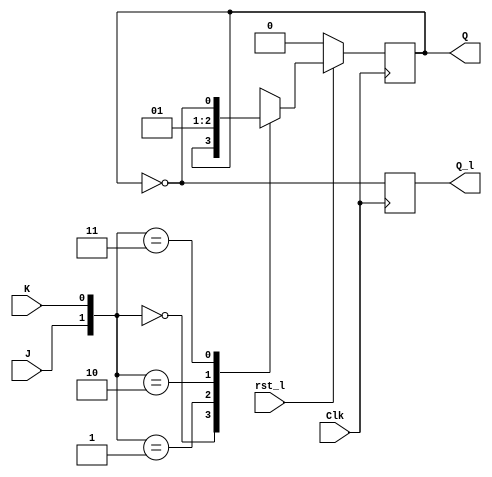
`timescale 1ns / 1ps
//////////////////////////////////////////////////////////////////////////////////
// Company: 
// Engineer: 
// 
// Design Name: 
// Module Name: JK_Trigger
// Project Name: 
// Target Devices: 
// Tool Versions: 
// Description: 
// 
// Dependencies: 
// 
// Revision:
// Revision 0.01 - File Created
// Additional Comments:
// 
//////////////////////////////////////////////////////////////////////////////////


module JK_Trigger(
input wire Clk,
input wire rst_l,
input wire J,
input wire K,
output reg Q,
output reg Q_l
    );
 
// 
    always @(posedge Clk) 
        if(!rst_l)
            begin
                Q<=1'b0;
                Q_l<=~Q;
            end
        else
            begin
                case({J,K})
                    2'b00:Q<=Q;
                    2'b01:Q<=0;
                    2'b10:Q<=1;
                    2'b11:Q<=~Q;
                endcase
                  Q_l<=~Q;
                
             end
// 
//    always @(posedge Clk)
//        case({J,K})
//           2'b00: Q <= Q;
//           2'b01: Q <= 0;
//           2'b10: Q <= 1;
//           2'b11: Q <= ~Q;
//       endcase
 
endmodule